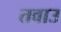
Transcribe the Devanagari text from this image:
तवाउ